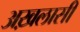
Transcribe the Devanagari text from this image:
अख़लासी